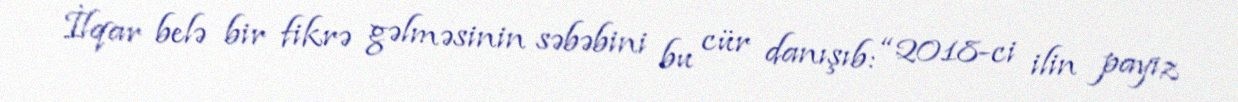
İlqar belə bir fikrə gəlməsinin səbəbini bu cür danışıb: “2018-ci ilin payız